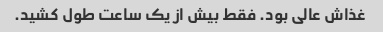
غذاش عالى بود. فقط بیش از یک ساعت طول کشید.